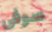
صوفي